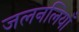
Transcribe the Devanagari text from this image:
जलनलियाँ